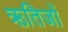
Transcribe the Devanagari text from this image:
ऋतिजों